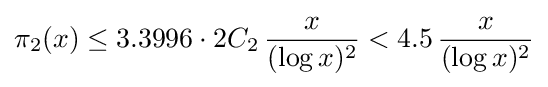
\pi _{2}(x)\leq 3.3996\cdot 2C_{2}\,{\frac {x}{(\log x)^{2}}}<4.5\,{\frac {x}{(\log x)^{2}}}